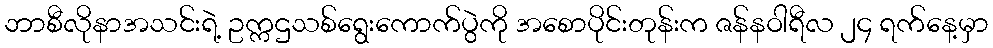
ဘာစီလိုနာအသင်းရဲ့ ဥက္ကဌသစ်ရွေးကောက်ပွဲကို အစောပိုင်းတုန်းက ဇန်နဝါရီလ ၂၄ ရက်နေ့မှာ